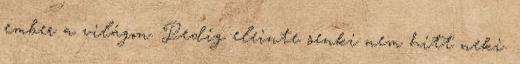
ember a világon. Pedig eleinte senki nem hitt neki.